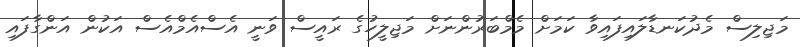
މަޖިލިސް މެދުކަނޑާލައިފައިވާ ކަމަށް މެމްބަރުންނަށް މަޖިލީހުގެ ރައީސް ވަނީ އެސްއެމްއެސް އަކުން އަންގާފައި